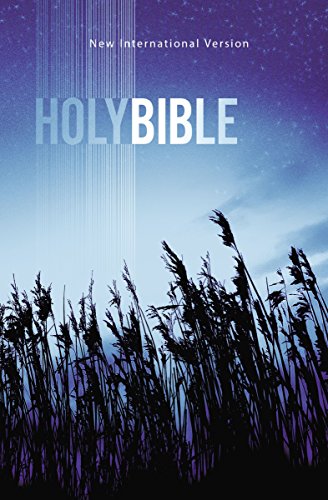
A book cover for NIV Outreach Bible; Biblica; Christian Books & Bibles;